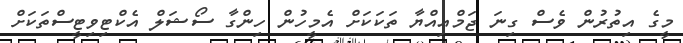
މީގެ އިތުރުން ވެސް ގިނަ ޖަމްއިއްޔާ ތަކަކަށް އެމީހުން ހިންގާ ސޯޝަލް އެކްޓިވިޓީސްތަކަށް